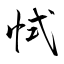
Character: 恜